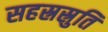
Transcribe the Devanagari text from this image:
सहस्रस्रुति